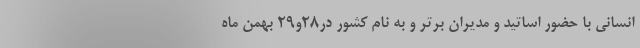
انسانی با حضور اساتید و مدیران برتر و به نام کشور در28و29 بهمن ماه